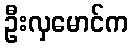
ဦးလှမောင်က